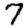
Digit: 7